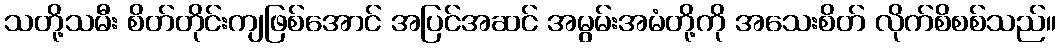
သတို့သမီး စိတ်တိုင်းကျဖြစ်အောင် အပြင်အဆင် အမွမ်းအမံတို့ကို အသေးစိတ် လိုက်စိစစ်သည်။